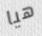
هيا